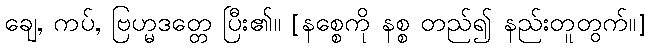
ချေ, ကပ်, ဗြဟ္မဒတ္တေ ပြီး၏။ [နစ္စေကို နစ္စ တည်၍ နည်းတူတွက်။]